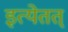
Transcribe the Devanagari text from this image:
इत्येतत्